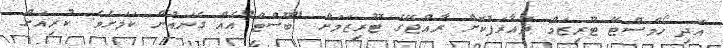
އަދި ހޯމްސްޓޭ ޓޫރިޒަމް ތައާރަފުކޮށް ރާއްޖޭގެ ޓޫރިޒަމަށް "ބޫސްޓް"އެއް ގެނައުން ކަމަށެވެ. ކުރިއަށް